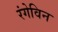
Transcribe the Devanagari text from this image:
रंगेविन